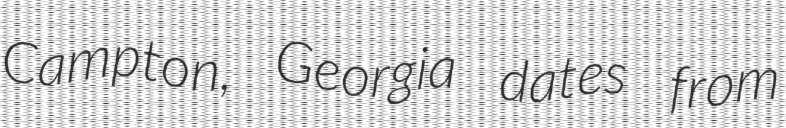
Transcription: Campton, Georgia dates from